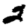
Digit: 2